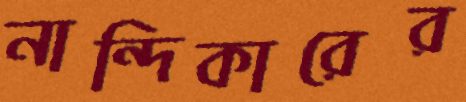
নান্দিকারের